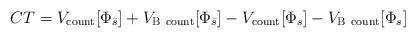
LaTeX: \begin{align*}CT=V_{\rm count}[\Phi_{\bar{s}} ]+V_{\rm B\ count}[\Phi_{\bar{s}} ]-V_{\rm count}[\Phi_s ]- V_{\rm B\ count}[\Phi_s ]\end{align*}